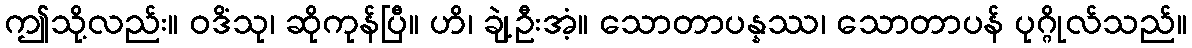
ဤသို့လည်း။ ဝဒိံသု၊ ဆိုကုန်ပြီ။ ဟိ၊ ချဲ့ဦးအံ့။ သောတာပန္နဿ၊ သောတာပန် ပုဂ္ဂိုလ်သည်။